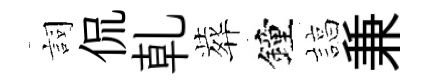
詞侃乹葬鐘諄兼